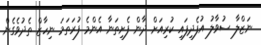
ނަޒްލާ ސުވާލު އުފެދިފައި ކުރިއަށް ދާން ފެށިތަނާ އެންމެ ފުރަތަމަ ނިހާޒް ތެދުވެގެން